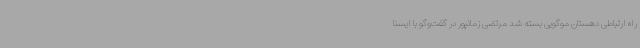
راه ارتباطی دهستان موگویی بسته شد مرتضی زمانپور در گفت‌وگو با ایسنا